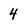
Character: 4